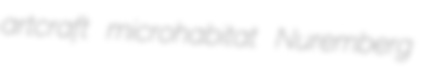
artcraft microhabitat Nuremberg